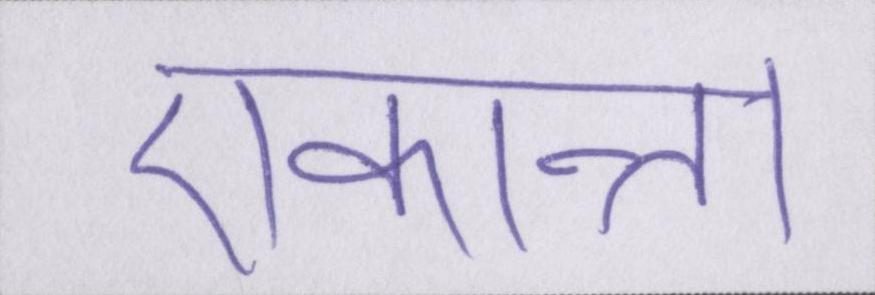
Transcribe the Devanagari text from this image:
एकान्त।